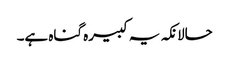
حالانکہ یہ کبیرہ گناہ ہے۔